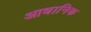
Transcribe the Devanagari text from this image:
आधानिक